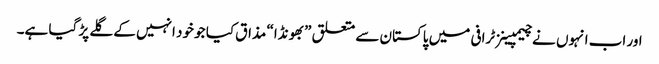
اور اب انہوں نے چیمپینز ٹرافی میں پاکستان سے متعلق ”بھونڈا“ مذاق کیا جو خود انہیں کے گلے پڑ گیا ہے۔